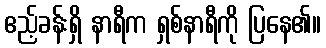
ဧည့်ခန်းရှိ နာရီက ရှစ်နာရီကို ပြနေ၏။